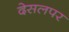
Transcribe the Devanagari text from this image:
देसलपर